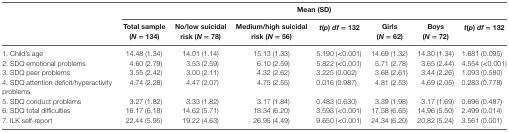
<table><thead><tr><td></td><td colspan="7"><b>Mean (SD)</b></td></tr><tr><td></td><td><b>Total sample (<i>N</i> = 134)</b></td><td><b>No/low suicidal risk (<i>N</i> = 78)</b></td><td><b>Medium/high suicidal risk (<i>N</i> = 56)</b></td><td><b><i>t</i>(<i>p</i>) <i>df</i> = 132</b></td><td><b>Girls (<i>N</i> = 62)</b></td><td><b>Boys (<i>N</i> = 72)</b></td><td><b><i>t</i>(<i>p</i>) <i>df</i> = 132</b></td></tr></thead><tbody><tr><td>1. Child’s age</td><td>14.48 (1.34)</td><td>14.01 (1.14)</td><td>15.13 (1.33)</td><td>5.190 (&lt;0.001)</td><td>14.69 (1.32)</td><td>14.30 (1.34)</td><td>1.681 (0.095)</td></tr><tr><td>2. SDQ emotional problems</td><td>4.60 (2.79)</td><td>3.53 (2.59)</td><td>6.10 (2.59)</td><td>5.822 (&lt;0.001)</td><td>5.71 (2.78)</td><td>3.65 (2.44)</td><td>4.554 (&lt;0.001)</td></tr><tr><td>3. SDQ peer problems</td><td>3.55 (2.42)</td><td>3.00 (2.11)</td><td>4.32 (2.62)</td><td>3.225 (0.002)</td><td>3.68 (2.61)</td><td>3.44 (2.26)</td><td>1.093 (0.580)</td></tr><tr><td>4. SDQ attention deficit/hyperactivity problems</td><td>4.74 (2.28)</td><td>4.47 (2.07)</td><td>4.75 (2.55)</td><td>0.016 (0.987)</td><td>4.81 (2.53)</td><td>4.69 (2.05)</td><td>0.283 (0.778)</td></tr><tr><td>5. SDQ conduct problems</td><td>3.27 (1.82)</td><td>3.33 (1.82)</td><td>3.17 (1.84)</td><td>0.483 (0.630)</td><td>3.39 (1.98)</td><td>3.17 (1.69)</td><td>0.696 (0.487)</td></tr><tr><td>6. SDQ total difficulties</td><td>16.17 (6.18)</td><td>14.62 (5.71)</td><td>18.34 (6.20)</td><td>3.593 (&lt;0.001)</td><td>17.58 (6.65)</td><td>14.96 (5.50)</td><td>2.499 (0.014)</td></tr><tr><td>7. ILK self-report</td><td>22.44 (5.95)</td><td>19.22 (4.63)</td><td>26.95 (4.49)</td><td>9.650 (&lt;0.001)</td><td>24.34 (6.20)</td><td>20.82 (5.24)</td><td>3.561 (0.001)</td></tr></tbody></table>